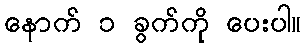
နောက် ၁ ခွက်ကို ပေးပါ။